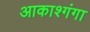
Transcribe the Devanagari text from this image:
आकाश्गंगा